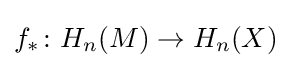
f_{*}\colon H_{n}(M)\to H_{n}(X)